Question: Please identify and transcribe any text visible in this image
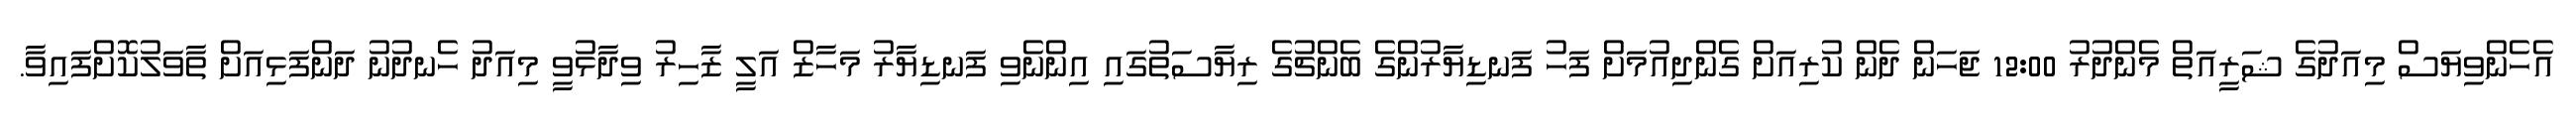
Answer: އެހެންވިޔަސް މިއަދުގެ ޝަރީއަތް މެންދުރު 12:00 ޖަހަން ދެން ކުރިއަށް ގެންދިއުމަށް ފަހު ފަނޑިޔާރުންގެ ބެންޗުގެ ރިޔާސަތުގައި އިންނެވި ފަނޑިޔާރު މަހާޒް އަލީ ޒާހިރު ވިދާޅުވީ މިއަދު ހެނދުނު ދަންފަޅިއަށް ތާވަލުކޮށްފައިވާ.